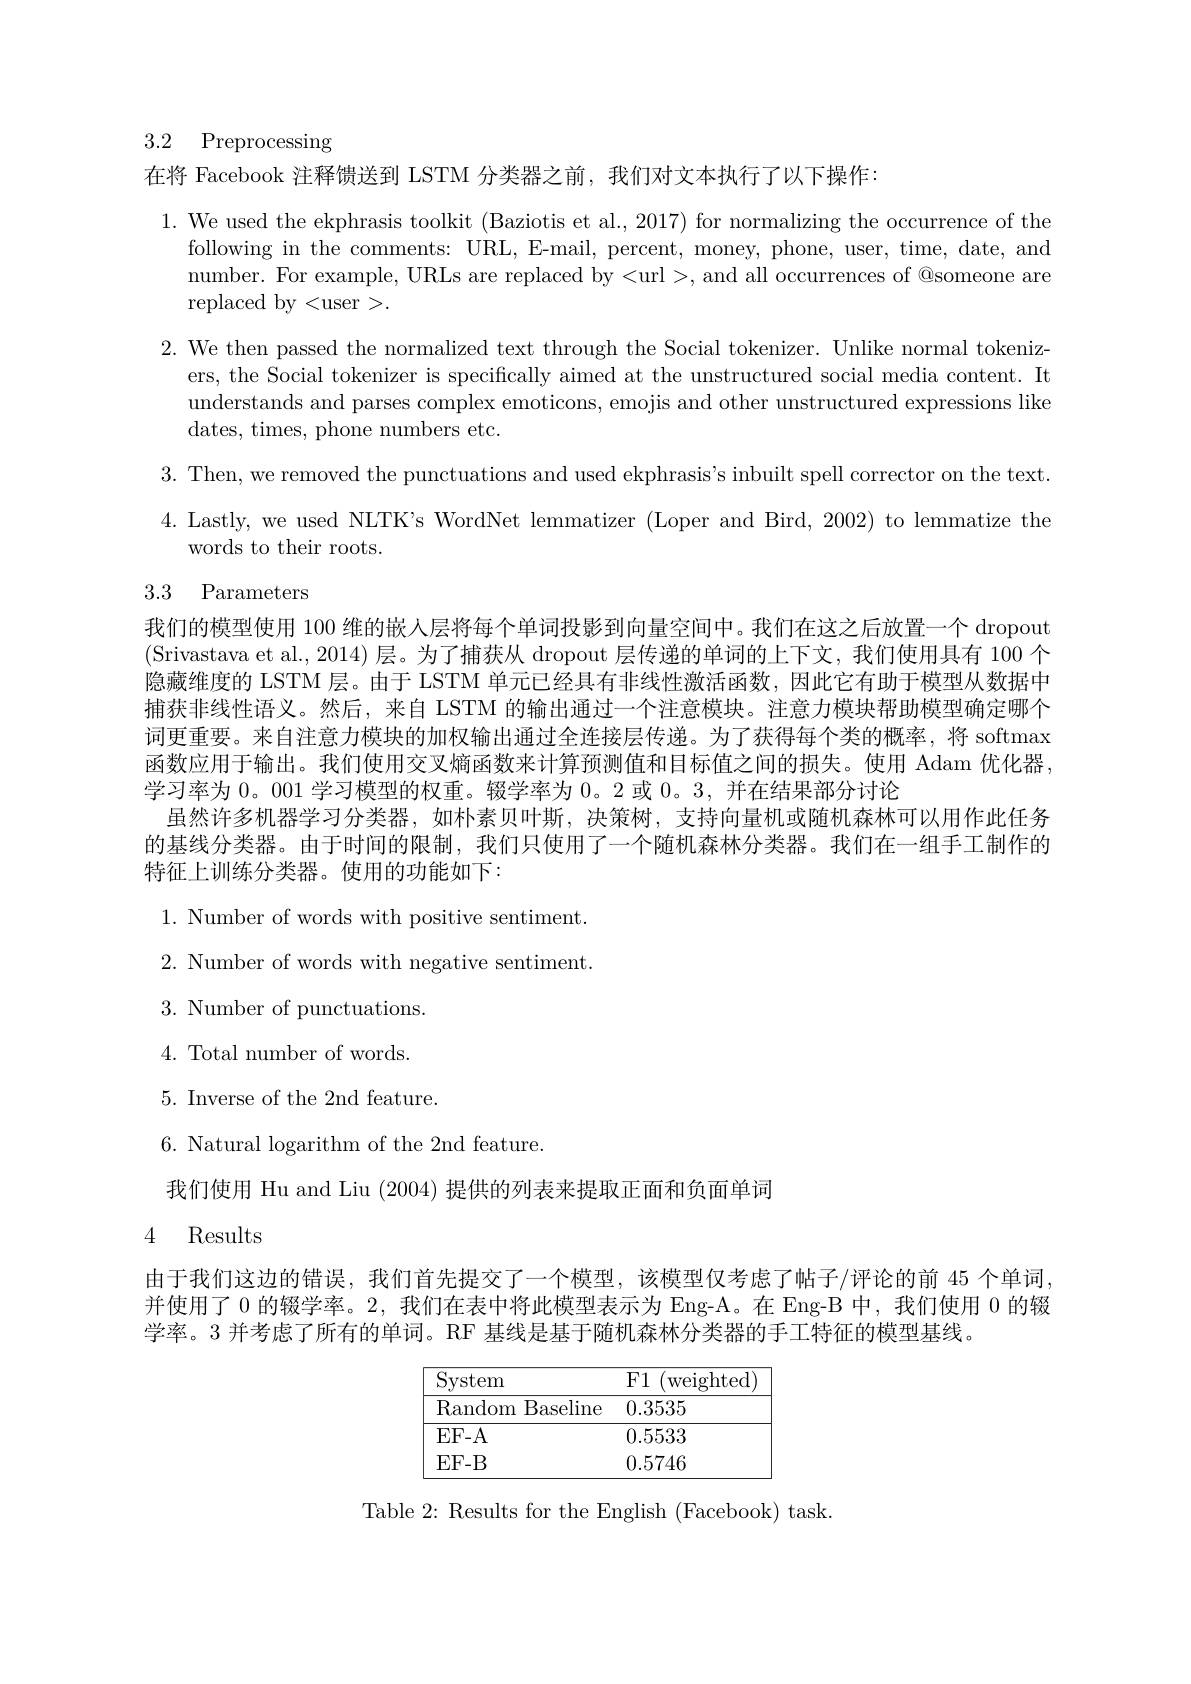
# 3.2 Preprocessing

在将 Facebook 注释馈送到 LSTM 分类器之前，我们对文本执行了以下操作：

1. We used the ekphrasis toolkit (Baziotis et al., 2017) for normalizing the occurrence of the
following in the comments: URL, E-mail, percent, money, phone, user, time, date, and number. For example, URLs are replaced by <url>, and all occurrences of @someone are replaced by<user>.

2. We then passed the normalized text through the Social tokenizer. Unlike normal tokeniz-
ers, the Social tokenizer is specifically aimed at the unstructured social media content. It understands and parses complex emoticons, emojis and other unstructured expressions like dates, times, phone numbers etc.
3. Then, we removed the punctuations and used ekphrasis's inbuilt spell corrector on the text. 4. Lastly, we used NLTK's WordNet lemmatizer (Loper and Bird, 2002) to lemmatize the
words to their roots.

# 3.3 Parameters

我们的模型使用 100 维的嵌入层将每个单词投影到向量空间中。我们在这之后放置一个 dropout (Srivastava et al., 2014) 层。为了捕获从 dropout 层传递的单词的上下文，我们使用具有 100 个隐藏维度的 LSTM 层。由于 LSTM 单元已经具有非线性激活函数，因此它有助于模型从数据中捕获非线性语义。然后，来自 LSTM 的输出通过一个注意模块。注意力模块帮助模型确定哪个词更重要。来自注意力模块的加权输出通过全连接层传递。为了获得每个类的概率，将 softmax 函数应用于输出。我们使用交叉熵函数来计算预测值和目标值之间的损失。使用 Adam 优化器， 学习率为0。001学习模型的权重。辍学率为0。2 或0。3,并在结果部分讨论
虽然许多机器学习分类器，如朴素贝叶斯，决策树，支持向量机或随机森林可以用作此任务的基线分类器。由于时间的限制，我们只使用了一个随机森林分类器。我们在一组手工制作的特征上训练分类器。使用的功能如下：

1. Number of words with positive sentiment.

2. Number of words with negative sentiment.

$3.{\mathrm{~Number~of~punctuations}}.$

4. Total number of words.

5. Inverse of the 2nd feature.

$6.{\mathrm{~Natural~logarithm~of~the~2nd~feature}}$

我们使用 Hu and Liu (2004)提供的列表来提取正面和负面单词

4 Results

由于我们这边的错误，我们首先提交了一个模型，该模型仅考虑了帖子/评论的前 45 个单词， 并使用了 0 的辍学率。2, 我们在表中将此模型表示为 Eng-A。在 Eng-B 中，我们使用 0 的辍学率。3 并考虑了所有的单词。RF 基线是基于随机森林分类器的手工特征的模型基线。

<table>
	<tbody>
		<tr>
			<th>System</th>
			<th>F1 weighted</th>
		</tr>
		<tr>
			<td>Random Baseline</td>
			<td>0.3535</td>
		</tr>
		<tr>
			<td>$EF-A$</td>
			<td>0.5533</td>
		</tr>
		<tr>
			<td>EF- B</td>
			<td>0.5746</td>
		</tr>
	</tbody>
</table>

Table 2: Results for the English (Facebook) task